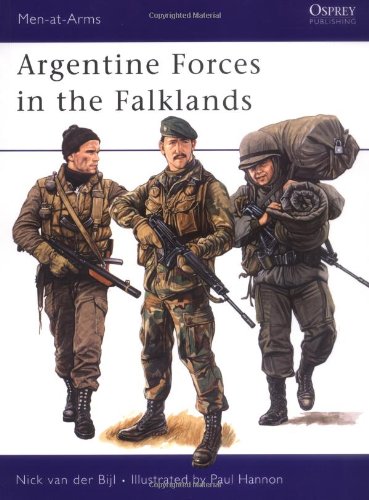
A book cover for Argentine Forces in the Falklands (Men-at-Arms); Nick Bijl; History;